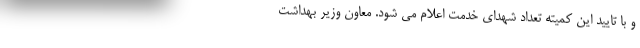
و با تایید این کمیته تعداد شهدای خدمت اعلام می شود. معاون وزیر بهداشت